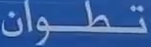
تطوان